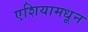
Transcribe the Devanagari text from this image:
एशियामधून